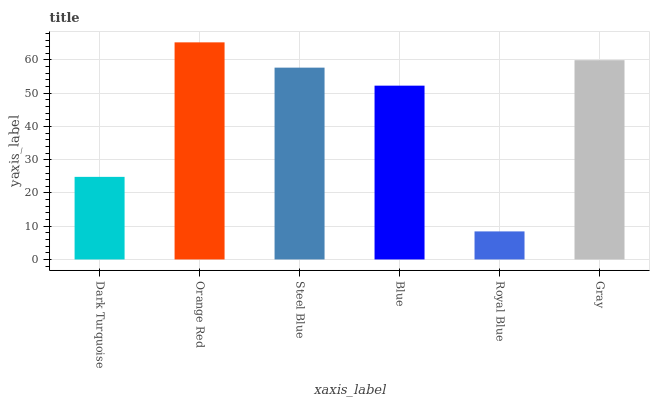
| xaxis_label | bars |
 | --- | --- |
 | Dark Turquoise | 24.8 |
 | Orange Red | 65.3 |
 | Steel Blue | 57.7 |
 | Blue | 52.3 |
 | Royal Blue | 8.44 |
 | Gray | 59.9 |